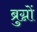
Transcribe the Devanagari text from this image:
ब्रुग्नों